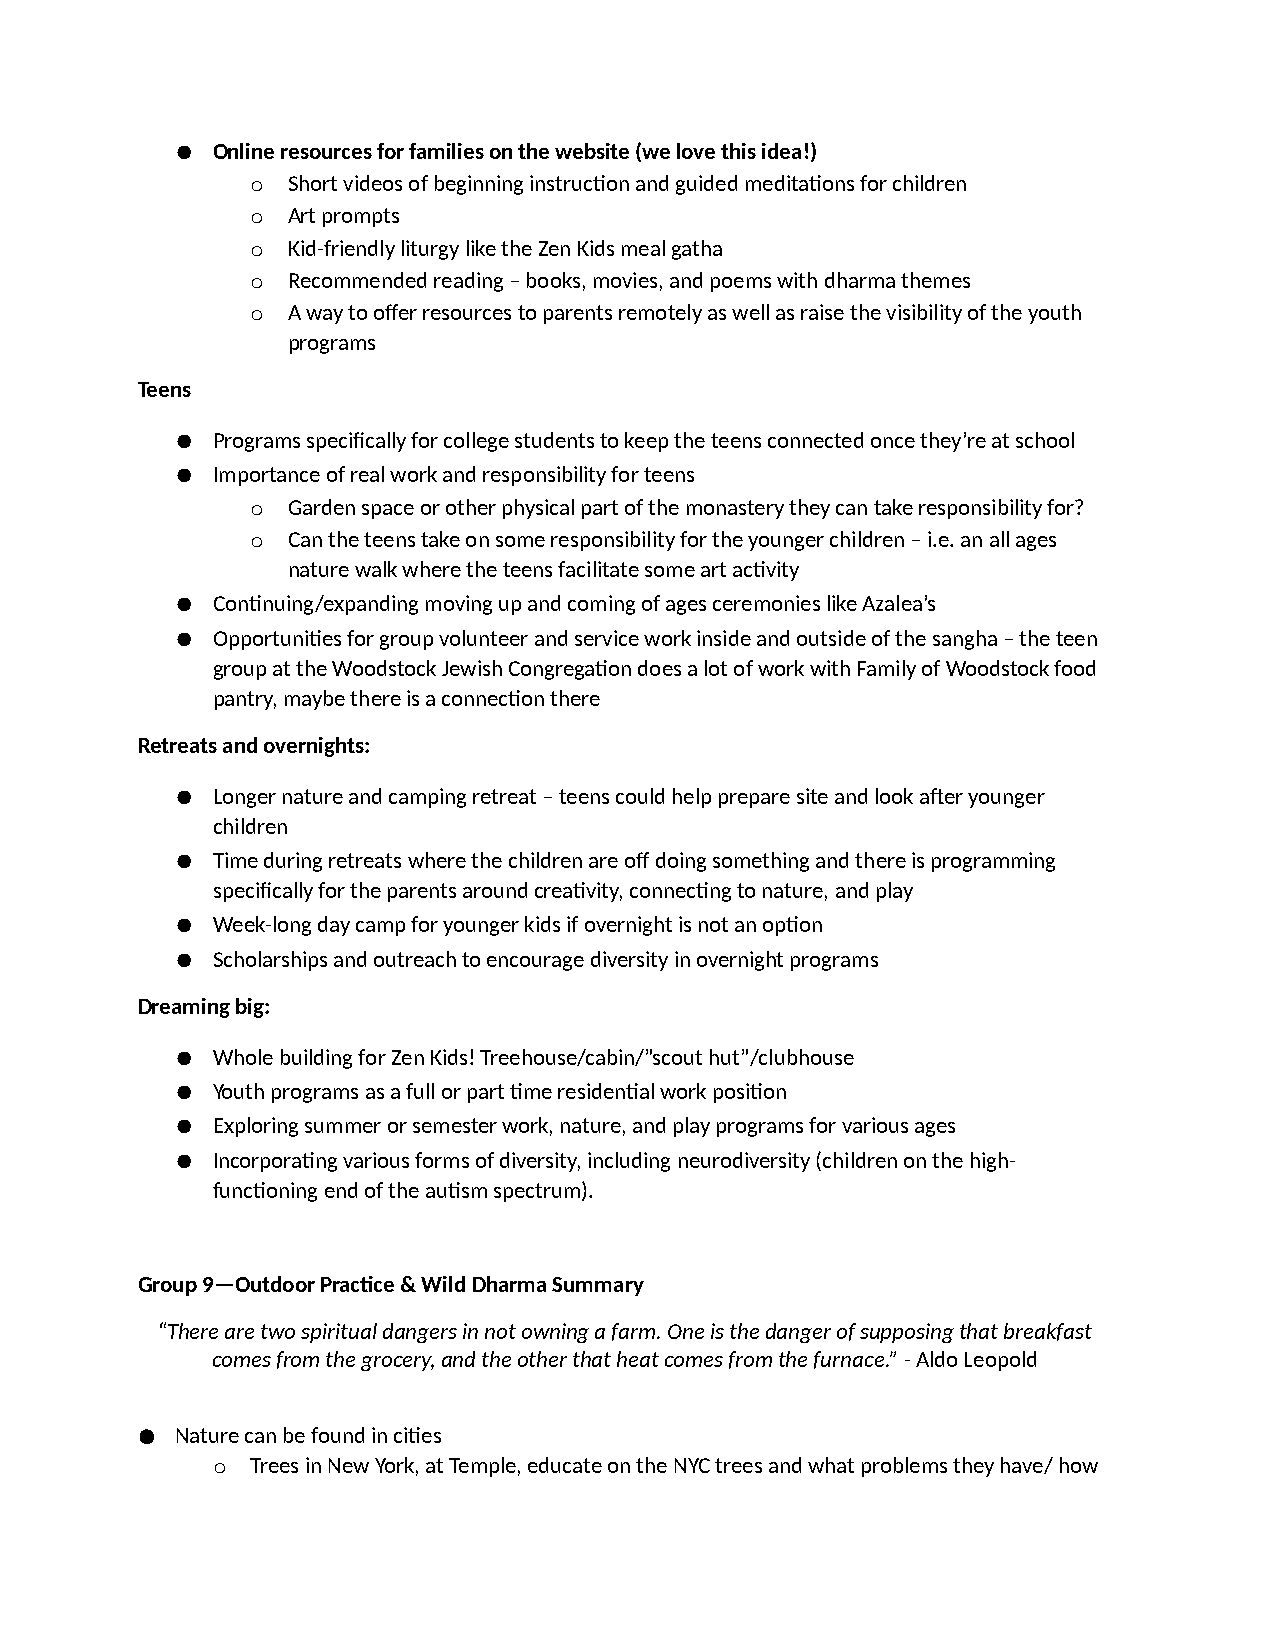
● Online resources for families on the website (we love this idea!)
 o Short videos of beginning instruc>on and guided medita>ons for children
 o Art prompts
 o Kid-friendly liturgy like the Zen Kids meal gatha
 o Recommended reading – books, movies, and poems with dharma themes
 o A way to offer resources to parents remotely as well as raise the visibility of the youth
 programs
 Teens
 ● Programs specifically for college students to keep the teens connected once they’re at school
 ● Importance of real work and responsibility for teens
 o Garden space or other physical part of the monastery they can take responsibility for?
 o Can the teens take on some responsibility for the younger children – i.e. an all ages
 nature walk where the teens facilitate some art ac>vity
 ● Con>nuing/expanding moving up and coming of ages ceremonies like Azalea’s
 ● Opportuni>es for group volunteer and service work inside and outside of the sangha – the teen
 group at the Woodstock Jewish Congrega>on does a lot of work with Family of Woodstock food
 pantry, maybe there is a connec>on there
 Retreats and overnights:
 ● Longer nature and camping retreat – teens could help prepare site and look a^er younger
 children
 ● Time during retreats where the children are off doing something and there is programming
 specifically for the parents around crea>vity, connec>ng to nature, and play
 ● Week-long day camp for younger kids if overnight is not an op>on
 ● Scholarships and outreach to encourage diversity in overnight programs
 Dreaming big:
 ● Whole building for Zen Kids! Treehouse/cabin/”scout hut”/clubhouse
 ● Youth programs as a full or part >me residen>al work posi>on
 ● Exploring summer or semester work, nature, and play programs for various ages
 ● Incorpora>ng various forms of diversity, including neurodiversity (children on the high-
 func>oning end of the au>sm spectrum).
 Group 9—Outdoor PracRce & Wild Dharma Summary
 “There are two spiritual dangers in not owning a farm. One is the danger of supposing that breakfast
 comes from the grocery, and the other that heat comes from the furnace.” - Aldo Leopold
 ●  Nature can be found in ci>es
 o  Trees in New York, at Temple, educate on the NYC trees and what problems they have/ how